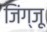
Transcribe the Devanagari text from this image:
जिंग्जू